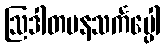
ဩဒါတမနသင်္ကပ္ပေါ